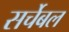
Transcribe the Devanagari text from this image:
सर्चेबल